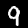
Digit: 9